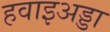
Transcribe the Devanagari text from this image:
हवाइअड्डा